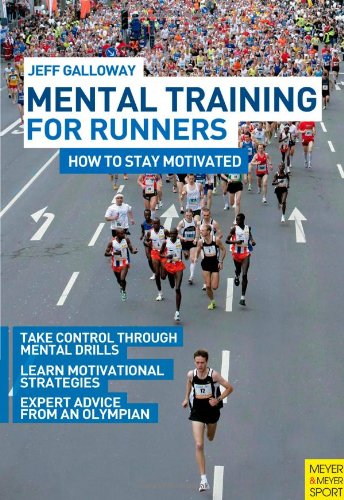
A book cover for Mental Training for Runners: How to Stay Motivated; Jeff Galloway; Sports & Outdoors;